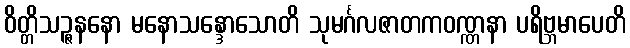
ဝိတ္တိသဉ္ဇနနော မနောသန္ဒောသောတိ သုမင်္ဂလဇာတကဝဏ္ဏနာ ပရိဗ္ဘမာပေတိ